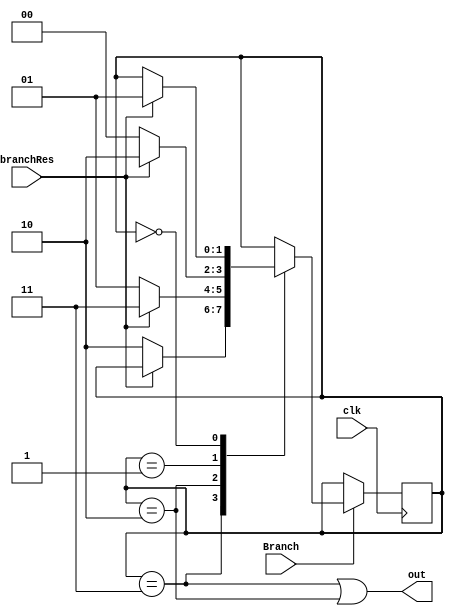
  module BranchPredictor(clk, Branch, branchRes, out);
  input clk, Branch, branchRes;
  reg [1:0] LastState;
  output out;

  parameter [1:0]
    stronglyTaken = 2'b11,
    weaklyTaken = 2'b10,
    weaklyNotTaken = 2'b01,
    stronglyNotTaken = 2'b00;

  assign out = ((LastState == stronglyTaken) || (LastState == weaklyTaken));

  initial begin
    LastState <= stronglyTaken;
  end
  
  always @(posedge clk) begin
    if (Branch)
      case(LastState)
        stronglyTaken:  if (!branchRes) LastState <= weaklyTaken;
        
        weaklyTaken:  begin
          if (branchRes)  LastState <= stronglyTaken;
          else if (!branchRes)  LastState <= weaklyNotTaken;
        end
        
        weaklyNotTaken:  begin
          if(branchRes) LastState <= weaklyTaken;
          else if (!branchRes) LastState <= stronglyNotTaken;
        end

        stronglyNotTaken:  if (branchRes)  LastState <= weaklyNotTaken;
      endcase
  end
endmodule